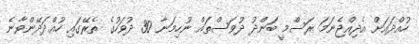
ހުއްދައަށް އެދިއްޖެނަމަ ރަސްމީ ބަންދު ދުވަސްތައް ނުހިމަނާ 30 ދުވަހުގެ ތެރޭގައި ހުއްދަދޭންވާނެ